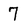
Character: 7